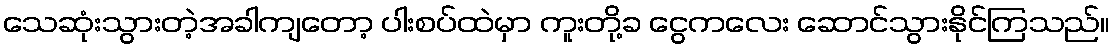
သေဆုံးသွားတဲ့အခါကျတော့ ပါးစပ်ထဲမှာ ကူးတို့ခ ငွေကလေး ဆောင်သွားနိုင်ကြသည်။